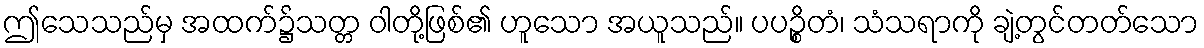
ဤသေသည်မှ အထက်၌သတ္တ ဝါတို့ဖြစ်၏ ဟူသော အယူသည်။ ပပဉ္စိတံ၊ သံသရာကို ချဲ့တွင်တတ်သော